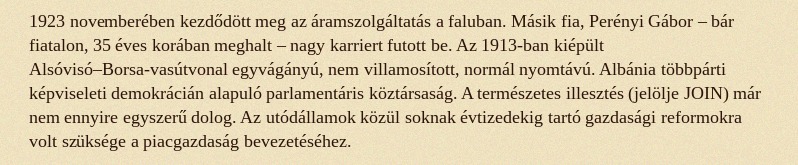
1923 novemberében kezdődött meg az áramszolgáltatás a faluban. Másik fia, Perényi Gábor – bár fiatalon, 35 éves korában meghalt – nagy karriert futott be. Az 1913-ban kiépült Alsóvisó–Borsa-vasútvonal egyvágányú, nem villamosított, normál nyomtávú. Albánia többpárti képviseleti demokrácián alapuló parlamentáris köztársaság. A természetes illesztés (jelölje JOIN) már nem ennyire egyszerű dolog. Az utódállamok közül soknak évtizedekig tartó gazdasági reformokra volt szüksége a piacgazdaság bevezetéséhez.